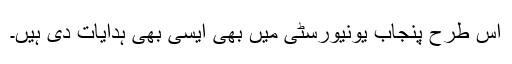
اس طرح پنجاب یونیورسٹی میں بھی ایسی بھی ہدایات دی ہیں۔